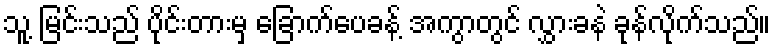
သူ့ မြင်းသည် ပိုင်းတားမှ ခြောက်ပေခန့် အကွာတွင် လွှားခနဲ ခုန်လိုက်သည်။